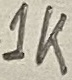
Text: 1K